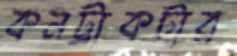
কনট্রাকটার